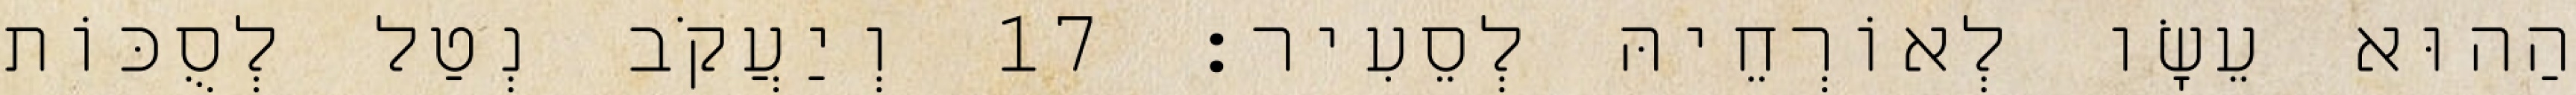
הַהוּא עֵשָׂו לְאוֹרְחֵיהּ לְסֵעִיר׃ 17 וְיַעֲקֹב נְטַל לְסֻכּוֹת